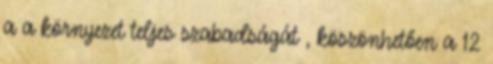
a a környezet teljes szabadságát , köszönhetően a 12